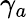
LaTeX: \gamma_{a}